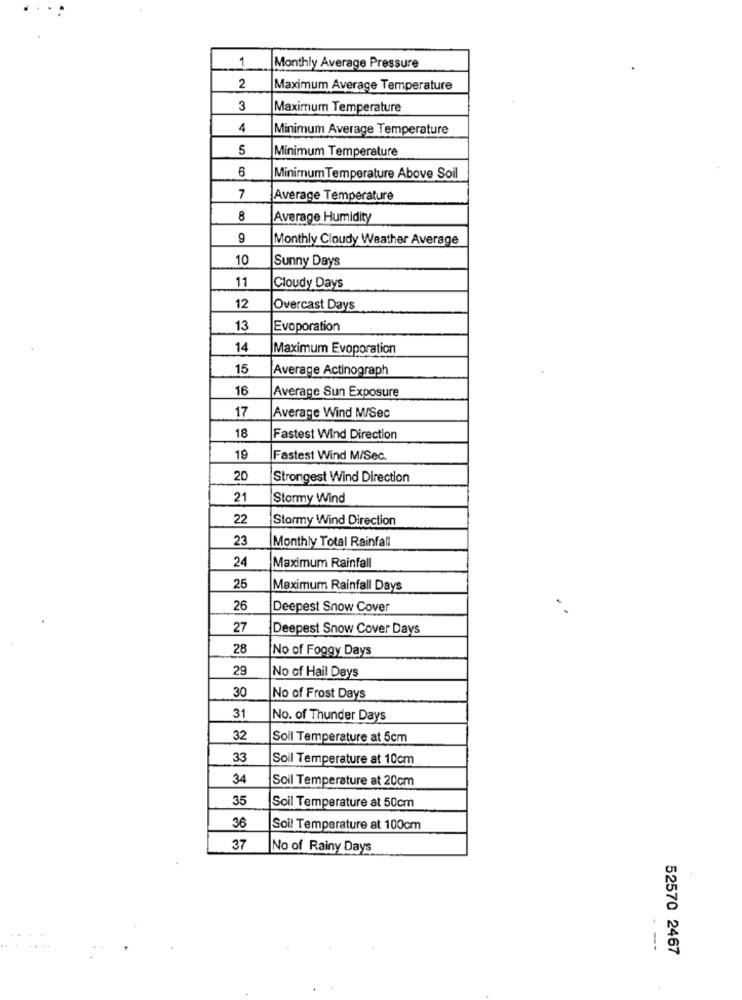
1
Monthly Average Pressure
2
Maximum Average Temperature
3
Maximum Temperature
4
Minimum Average Temperature
5
Minimum Temperature
6
Minimum Temperature Above Soil
7
Average Temperature
8
Average Humidity
9
Monthly Cloudy Weather Average
10
Sunny Days
11
Cloudy Days
12
Overcast Days
13
Evoporation
14
Maximum Evoporation
15
Average Actinograph
16
Average Sun Exposure
17
Average Wind M/Sec
18
Fastest Wind Direction
19
Fastest Wind M/Sec.
20
Strongest Wind Direction
21
Stormy Wind
22
Stormy Wind Direction
23
Monthly Total Rainfall
24
Maximum Rainfall
25
Maximum Rainfall Days
26
Deepest Snow Cover
27
Deepest Snow Cover Days
28
No of Foggy Days
29
No of Hail Days
30
No of Frost Days
31
No. of Thunder Days
32
Soil Temperature at 5cm
33
Soil Temperature at 10cm
34
Soil Temperature at 20cm
35
Soil Temperature at 50cm
36
Soil Temperature at 100cm
37
No of Rainy Days
---
52570 2467